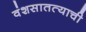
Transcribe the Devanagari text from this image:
वंशसातत्याची